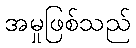
အမှုဖြစ်သည်